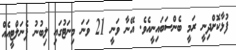
ފުޅާކޮށްދިނީ ރަމީ ބެންސަބައިނީއެވެ. އޭނާ ވަނީ 21 ވަނަ މިނަޓުގައި ލިބުނު ޕެނަލްޓީއެއް